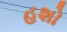
હશો